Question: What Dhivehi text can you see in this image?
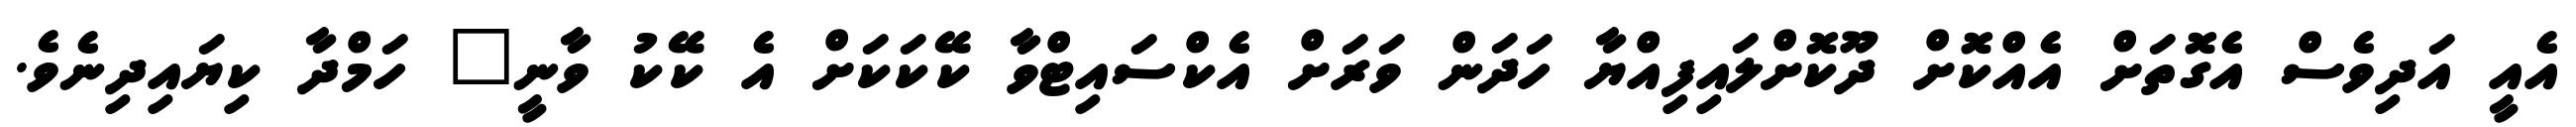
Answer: އެއީ އަދިވެސް އެގޮތަށް އެއްކޮށް ދޫކޮށްލައިފިއްޔާ ހަދަން ވަރަށް އެކްސައިޓްވާ ކޭކަކަށް އެ ކޭކު ވާނީ" ހަމްދާ ކިޔައިދިނެވެ.